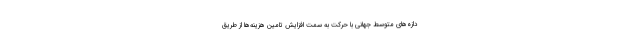
دازه‌های متوسط جهانی با حرکت به سمت افزایش تامین هزینه‌ها از طریق